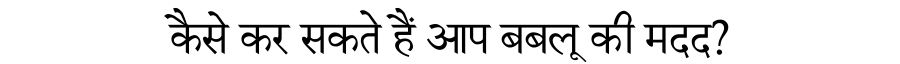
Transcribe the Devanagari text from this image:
कैसे कर सकते हैं आप बबलू की मदद?